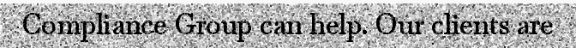
Compliance Group can help. Our clients are